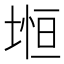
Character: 𡍷